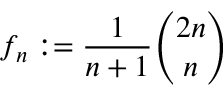
f _ { n } : = { \frac { 1 } { n + 1 } } { \binom { 2 n } { n } }